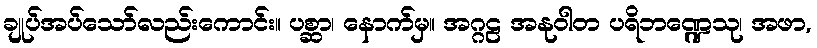
ချုပ်အပ်သော်လည်းကောင်း။ ပစ္ဆာ၊ နောက်မှ။ အဂ္ဂဠ အနုဝါတ ပရိဘဏ္ဍေသု၊ အဖာ,